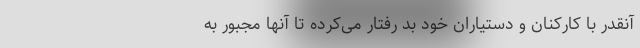
آنقدر با کارکنان و دستیاران خود بد رفتار می‌کرده تا آنها مجبور به